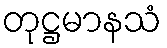
တုဋ္ဌမာနသံ